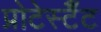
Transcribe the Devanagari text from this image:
प्रोटेस्टैँट